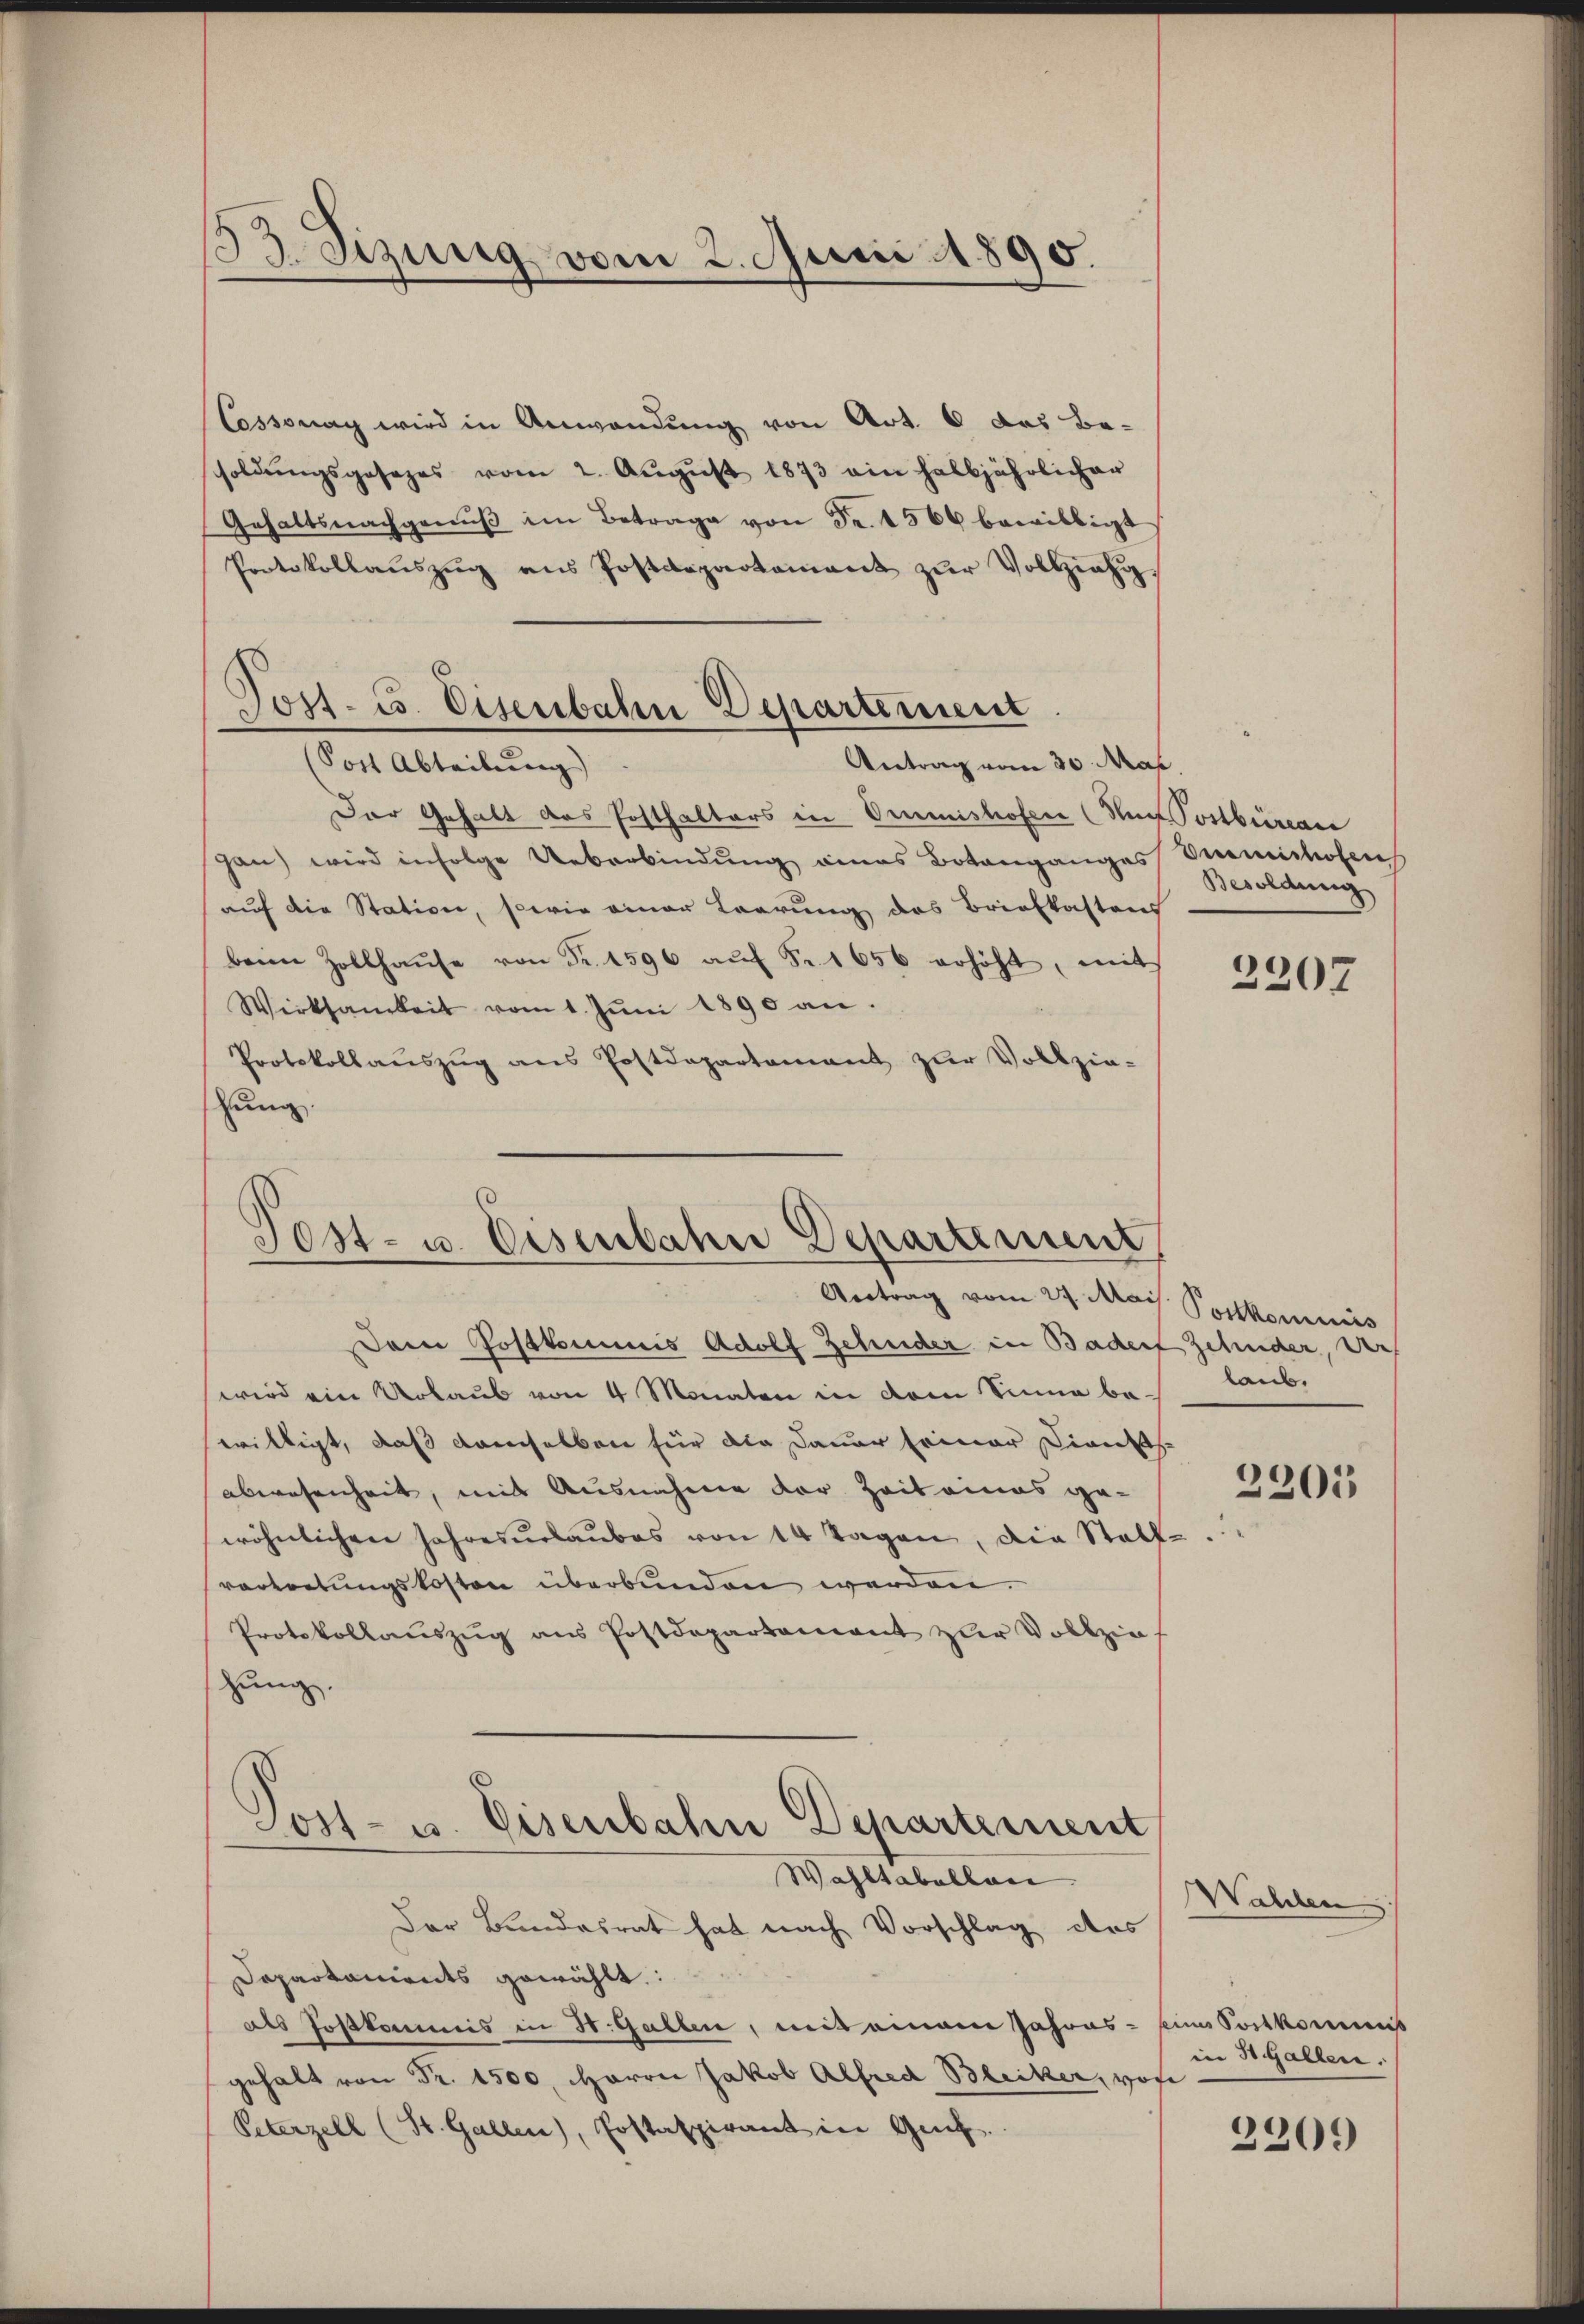
53. Sizung vom 2. Juni 1890.

Post- u. Eisenbahn Departement

Cossonag wird in Anwendung von Art. 6 des Besoldungsgesezes vom 2. August 1873 ein halbjährlicher
Gehaltsnachgenŭβ im Betrage von Fr. 1560 bewilligt
Protokollauszug aus Postdepartement zur Vollzieh
Antrag vom 30. Mai,
(Post Abteibung)
Der Gehalt das Posthalters in Ommnishofen (Nach Postbüreau
gan) wird infolge Ueberbindung eines Botanganges
auf die Station, sowie einer Laarung des Briefkastens
benen Zollhaŭse von Fr. 1596 aŭf Fr. 1656 erhöht, mit
Wirksamkeit vom 1. Jŭni 1890 an.
Protokollaŭszŭg ans Postdepartamant zŭr Vollzie-
lung.

d
Post- u. Eisenbahn Departenunt

Antrag vom 27. Mais. Postkommis
Dem Postkommis Adolf Zehnder in Bader Zehnder, der
wird ein Urlaub von 4 Monaten in dem Sinne belaub,
willigt, daß demselben für die Dauer Eriner Dienst
abwesenheit, mit Ausnahme der Zeit eines gewöhnlichen Jahresurlaubes von 14 Tagen, die Stallvertretungskosten überbunden werden.
Protokollauszug aus Postdepartament zur Vollzie-
hung.
Post- u. Eisenbahn Departement
Wahltabellan
Der Bundesrat hat nach Vorschlag des
Dapartaments gewählt:
als Postkommis in H. Gallen, mit einem Jahres - eine Sortkomms
gehalt von Fr. 1500. Herrn Jakob Alfred Bleiker, von
Peterzell (St. Gallen, Erstaspirant in Gut.

Vereichen
Besoldung

2207

2301

Wahlen
in St. Gallen.

2209